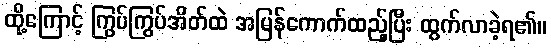
ထို့ကြောင့် ကြွပ်ကြွပ်အိတ်ထဲ အမြန်ကောက်ထည့်ပြီး ထွက်လာခဲ့ရ၏။